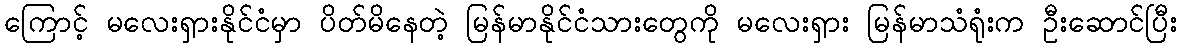
ကြောင့် မလေးရှားနိုင်ငံမှာ ပိတ်မိနေတဲ့ မြန်မာနိုင်ငံသားတွေကို မလေးရှား မြန်မာသံရုံးက ဦးဆောင်ပြီး